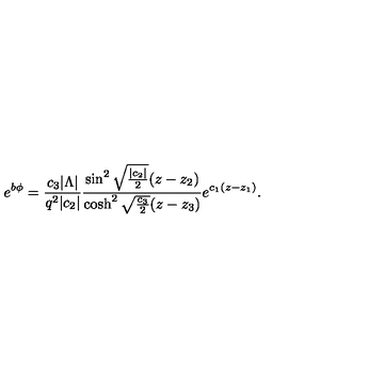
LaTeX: e ^ { b \phi } = { \frac { c _ { 3 } | \Lambda | } { q ^ { 2 } | c _ { 2 } | } } { \frac { \sin ^ { 2 } \sqrt { { \frac { | c _ { 2 } | } { 2 } } } ( z - z _ { 2 } ) } { \cosh ^ { 2 } \sqrt { \frac { c _ { 3 } } { 2 } } ( z - z _ { 3 } ) } } e ^ { c _ { 1 } ( z - z _ { 1 } ) } .